Vaccination in Bombay 1889-1901 - 1889-1901
Year: 1889
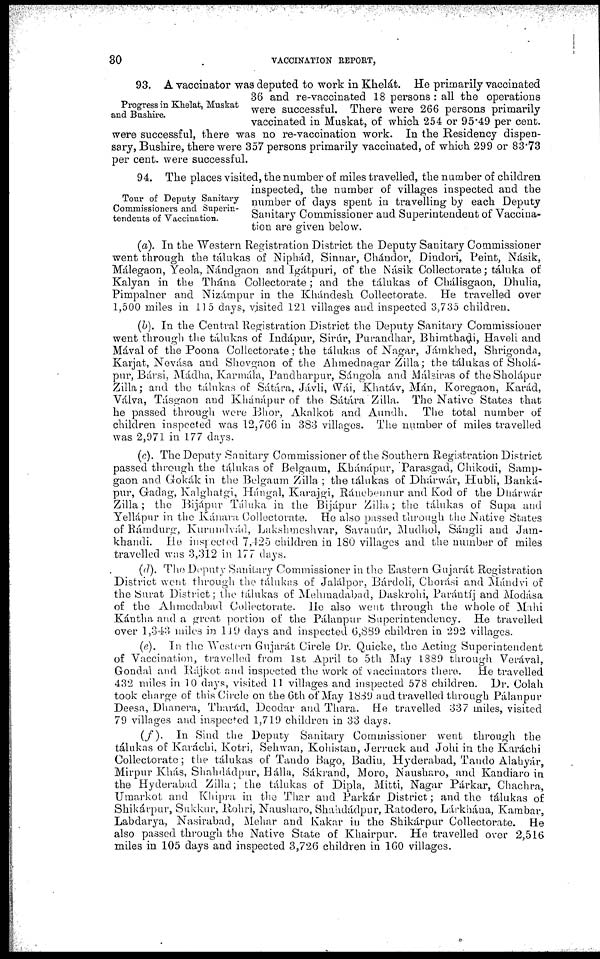
30
VACCINATION REPORT,
Progress in Khelat, Muskat
and Bushire.
93. A vaccinator was deputed to work in Khelát. He primarily vaccinated
36 and re-vaccinated 18 persons : all the operations
were successful. There were 266 persons primarily
vaccinated in Muskat, of which 254 or 95.49 per cent.
were successful, there was no re-vaccination work. In the Residency dispen-
sary, Bushire, there were 357 persons primarily vaccinated, of which 299 or 83.73
per cent. were successful.
Tour of Deputy Sanitary
Commissioners and Superin-
tendents of Vaccination.
94. The places visited, the number of miles travelled, the number of children
inspected, the number of villages inspected and the
number of days spent in travelling by each Deputy
Sanitary Commissioner and Superintendent of Vaccina-
tion are given below.
(a). In the Western Registration District the Deputy Sanitary Commissioner
went through the tálukas of Niphád, Sinnar, Chándor, Dindori, Peint, Násik,
Málegaon, Yeola, Nándgaon and Igátpuri, of the Násik Collectorate; táluka of
Kalyan in the Thána Collectorate; and the tálukas of Chálisgaon, Dhulia,
Pimpalner and Nizámpur in the Khándesh Collectorate. He travelled over
1,500 miles in 115 days, visited 121 villages and inspected 3,735 children.
(b). In the Central Registration District the Deputy Sanitary Commissioner
went through the tálukas of Indápur, Sirúr, Purandhar, Bhimthadi, Haveli and
Mával of the Poona Collectorate; the tálukas of Nagar, Jámkhed, Shrigonda,
Karjat, Nevása and Shevgaon of the Ahmednagar Zilla; the tálukas of Sholá¬
pur, Bársi, Mádha, Karmála, Pandharpur, Sángola and Málsiras of the Sholápur
Zilla; and the tálukas of Sátára, Jávli, Wái, Khatáv, Mán, Koregaon, Karád,
Válva, Tásgaon and Khánápur of the Sátára Zilla. The Native States that
he passed through were Bhor, Akalkot and Aundh. The total number of
children inspected was 12,766 in 383 villages. The number of miles travelled
was 2,971 in 177 days.
(c). The Deputy Sanitary Commissioner of the Southern Registration District
passed through the tálukas of Belgaum, Khánápur, Parasgad, Chikodi, Samp¬
gaon and Gokák in the Belgaum Zilla ; the tálukas of Dhárwár, Hubli, Banká¬
pur, Gadag, Kalghatgi, Hángal, Karajgi, Ránebennur and Kod of the Dhárwár
Zilla; the Bijápur Táluka in the Bijápur Zilia; the tálukas of Supa and
Yellápnr in the Kánara, (Collectorate. He also passed through the Native States
of Rámdurg, Kurundvád, Lakshmeshvar, Savanúr, Mudhol, Sángli and Jam¬
khandi. He inspected 7,425 children in 180 villages and the number of miles
travelled was 3,312 in 177 days.
(d). The Deputy Sanitary Commissioner in the Eastern Gujarát Registration
District went through the tálukas of Jalálpor, Bárdoli, Chorási and Mándvi of
the Surat District; the tálukas of Mehmadabad, Daskrohi, Parántij and Modása
of the Ahmedabad Collectorate. He also went through the whole of Mahi
Kántha and a great portion of the Pálanpur Superintendence. He travelled
over 1,343 miles in 119 days and inspected 6,389 children in 292 villages.
(e). In the Western Gujarát Circle Dr. Quicke, the Acting Superintendent
of Vaccination, travelled from 1st April to 5th May 1889 through Verával,
Gondal and Rájkot and inspected the work of vaccinators there.
He travelled
took charge of this Circle on the 6th of May 1839 and travelled through Pálanpur
Deesa, Dhanera, Tharád, Deodar and Thara. He travelled 337 miles, visited
79 villages and inspected 1,719 children in 33 days.
(ƒ). In Sind the Deputy Sanitary Commissioner went through the
tálukas of Karáchi, Kotri, Sehwan, Kohistan, Jerruck and Johi in the Karachi
Collectorate; the tálukas of Tando Bago, Badin, Hyderabad, Tando Alahyár,
Mirpur Khás, Shahdádpur, Hálla, Sákrand, Moro, Nausharo, and Kandiaro in
the Hyderabad Zilla; the tálukas of Dipla, Mitti, Nagar Párkar, Chachra,
Umarkot and Khipra in the Thar and Parkár District; and the tálukas of
Shikárpur, Sukkur, Rohri, Nausharo, Shahdádpur, Ratodero, Lárkhána, Kambar,
Labdarya, Nasirabad, Mehar and Kakar in the Shikárpur Collectorate. He
also passed through the Native State of Khairpur. He travelled over 2,516
miles in 105 days and inspected 3,726 children in 160 villages.